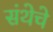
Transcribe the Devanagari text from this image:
संथेचे